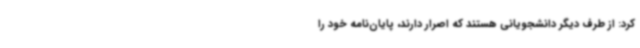
کرد: از طرف دیگر دانشجویانی هستند که اصرار دارند، پایان‌نامه خود را